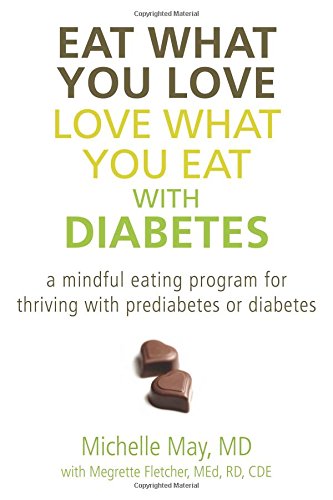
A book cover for Eat What You Love, Love What You Eat with Diabetes: A Mindful Eating Program for Thriving with Prediabetes or Diabetes; Michelle May; Health, Fitness & Dieting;